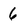
Character: 6